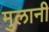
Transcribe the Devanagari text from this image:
मुलानी